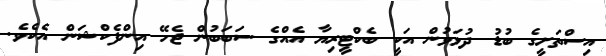
އިސްތަށީގެ ބުޑު ދުޅަވުން އަކީ ބެކްޓީރިޔާ އެއްގެ ސަބަބުން ޖެހޭ އިންފެކްޝަން އެކެވެ.